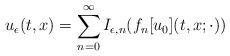
LaTeX: \begin{align*}u_ \epsilon(t,x)=\sum_{n=0}^\infty I_{\epsilon,n}(f_n[u_0](t,x;\cdot))\end{align*}